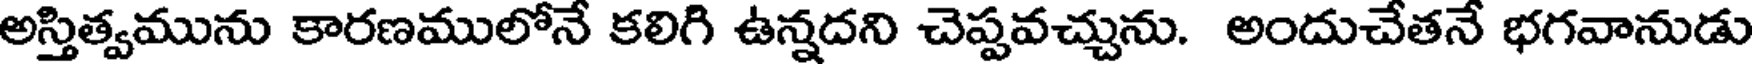
అస్తిత్వమును కారణములోనే కలిగి ఉన్నదని చెప్పవచ్చును. అందుచేతనే భగవానుడు